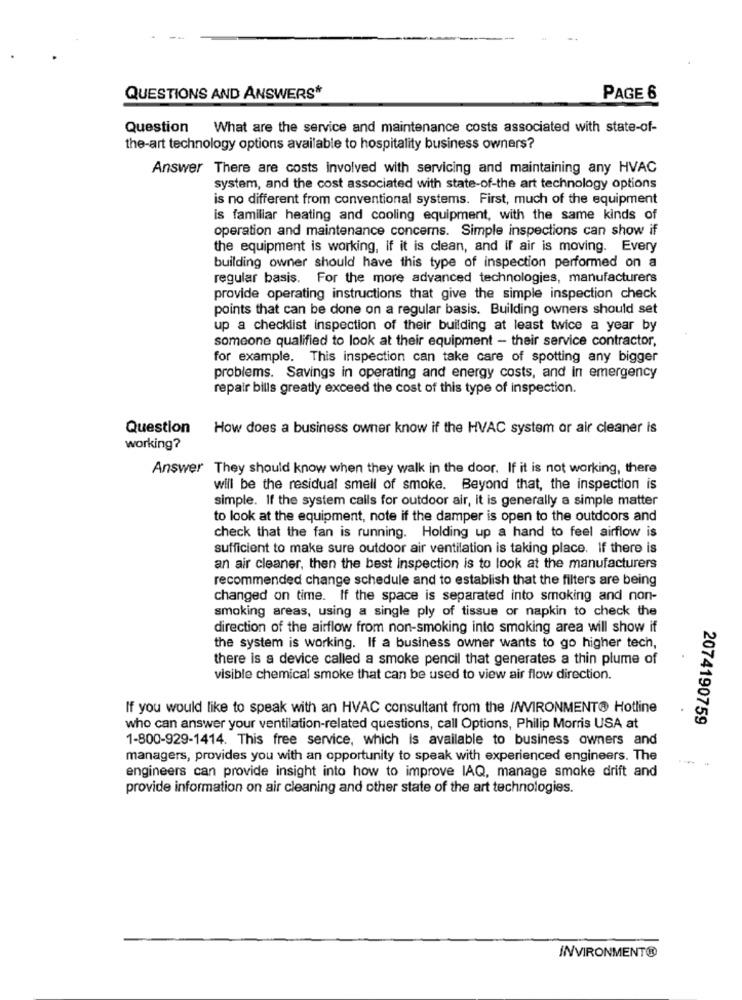
QUESTIONS AND ANSWERS*
PAGE 6
Question What are the service and maintenance costs associated with state-of-
the-art technology options available to hospitality business owners?
Answer There are costs involved with servicing and maintaining any HVAC
system, and the cost associated with state-of-the art technology options
is no different from conventional systems. First, much of the equipment
is familiar heating and cooling equipment, with the same kinds of
operation and maintenance concerns. Simple inspections can show if
the equipment is working, if it is clean, and If air is moving. Every
building owner should have this type of inspection performed on a
regular basis. For the more advanced technologies, manufacturers
provide operating instructions that give the simple inspection check
points that can be done on a regular basis. Building owners should set
up a checklist inspection of their building at least twice a year by
someone qualified to look at their equipment - their service contractor,
for example. This inspection can take care of spotting any bigger
problems. Savings in operating and energy costs, and in emergency
repair bills greatly exceed the cost of this type of inspection.
Question
How does a business owner know if the HVAC system or air cleaner is
working?
Answer They should know when they walk in the door. If it is not working, there
will be the residual smell of smoke. Beyond that, the inspection is
simple. If the system calls for outdoor air, it is generally a simple matter
to look at the equipment, note if the damper is open to the outdoors and
check that the fan is running. Holding up a hand to feel airflow is
sufficient to make sure outdoor air ventilation is taking place. If there is
an air cleaner, then the best inspection is to look at the manufacturers
recommended change schedule and to establish that the filters are being
changed on time. If the space is separated into smoking and non-
smoking areas, using a single ply of tissue or napkin to check the
direction of the airflow from non-smoking into smoking area will show if
the system is working. If a business owner wants to go higher tech,
there is a device called a smoke pencil that generates a thin plume of
visible chemical smoke that can be used to view air flow direction.
If you would like to speak with an HVAC consultant from the //WVIRONMENT@ Hotline
2074190759
who can answer your ventilation-related questions, call Options, Philip Morris USA at
1-800-929-1414. This free service, which is available to business owners and
managers, provides you with an opportunity to speak with experienced engineers. The
engineers can provide insight into how to improve IAQ, manage smoke drift and
provide information on air cleaning and other state of the art technologies.
INVIRONMENT®